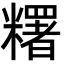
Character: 糬